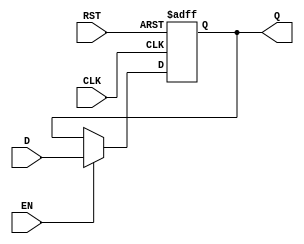
module DataRegister #(
    parameter WIDTH = 8  // Parameter to define the bit width of the register
)(
    input  wire [WIDTH-1:0] D,    // Data input
    input  wire CLK,                // Clock signal
    input  wire RST,                // Asynchronous reset
    input  wire EN,                 // Enable signal
    output reg  [WIDTH-1:0] Q       // Data output
);

    // Asynchronous reset and synchronous data capture
    always @(posedge CLK or posedge RST) begin
        if (RST) begin
            Q <= {WIDTH{1'b0}};  // Clear the register to zero
        end else if (EN) begin
            Q <= D;              // Capture the input data on clock edge if enabled
        end
        // If EN is low, Q retains its previous value
    end

endmodule